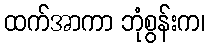
ထက်အာကာ ဘုံစွန်းက၊